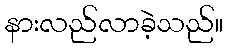
နားလည်လာခဲ့သည်။